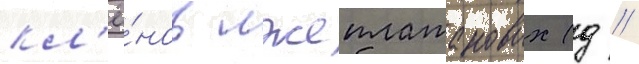
кл'ё́нов лжеплатановых (д //